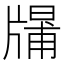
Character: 𤗱